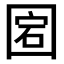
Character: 𡇵